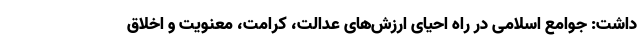
داشت: جوامع اسلامی در راه احیای ارزش‌های عدالت، کرامت، معنویت و اخلاق